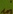
Text: in